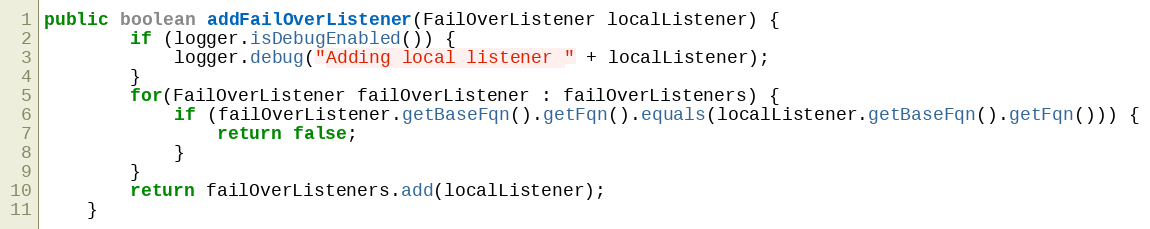
Language: Java
public boolean addFailOverListener(FailOverListener localListener) {
		if (logger.isDebugEnabled()) {
			logger.debug("Adding local listener " + localListener);
		}
		for(FailOverListener failOverListener : failOverListeners) {
			if (failOverListener.getBaseFqn().getFqn().equals(localListener.getBaseFqn().getFqn())) {
				return false;
			}
		}
		return failOverListeners.add(localListener);
	}